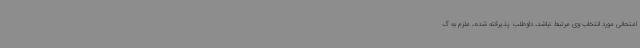
امتحانی مورد انتخاب وی مرتبط نباشد، داوطلب پذیرفته شده، ملزم به گ